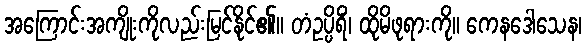
အကြောင်းအကျိုးကိုလည်းမြင်နိုင်၏။ တံဥပ္ပိရိံ၊ ထိုမိဖုရားကို။ ကေနဒေါသေန၊